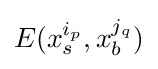
E(x_{s}^{i_{p}},x_{b}^{j_{q}})